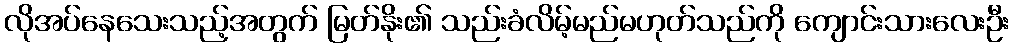
လိုအပ်နေသေးသည့်အတွက် မြတ်နိုး၏ သည်းခံလိမ့်မည်မဟုတ်သည်ကို ကျောင်းသားလေးဦး